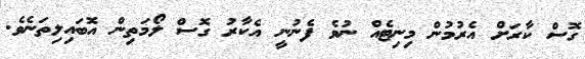
ގޮސް ކާރަށް އެރުމުން މިނިޓެއް ނުވެ ފެނުނީ އެކާރު ގޮސް ލޯމަތިން އޮބައިލިތަނެވެ.